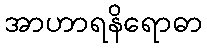
အာဟာရနိရောဓာ